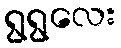
ရွရွလေး